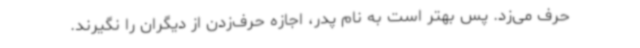
حرف می‌زد. پس بهتر است به نام پدر، اجازه حرف‌زدن از دیگران را نگیرند.